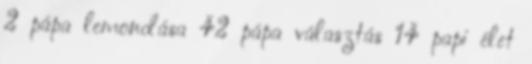
2 pápa lemondása 42 pápa választás 14 papi élet